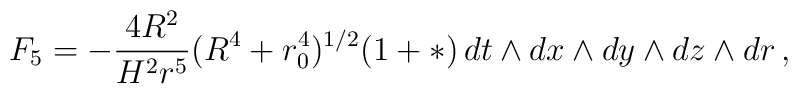
F_5 = - {4 R^2\over H^2 r^5}(R^4+r_0^4)^{1/2} (1 + * )\, d t\wedge d x \wedge d y \wedge d z  \wedge d r\,,